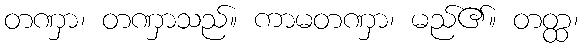
တဏှာ၊ တဏှာသည်။ ကာမတဏှာ၊ မည်၏။ တတ္ထ၊